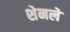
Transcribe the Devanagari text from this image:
शेनले